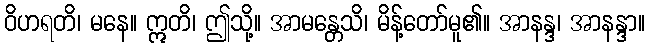
ဝိဟရတိ၊ မနေ။ ဣတိ၊ ဤသို့။ အာမန္တေသိ၊ မိန့်တော်မူ၏။ အာနန္ဒ၊ အာနန္ဒာ။